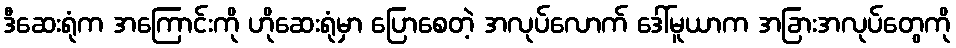
ဒီဆေးရုံက အကြောင်းကို ဟိုဆေးရုံမှာ ပြောစေတဲ့ အလုပ်လောက် ဒေါ်မူယာက အခြားအလုပ်တွေကို